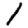
Digit: 1